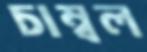
চাম্বল